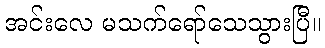
အင်းလေ မသက်ရော်သေသွားပြီ။